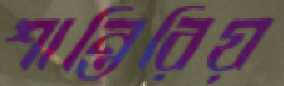
শান্তিরিয়